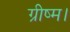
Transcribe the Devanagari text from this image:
ग्रीष्म।